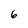
Character: 6